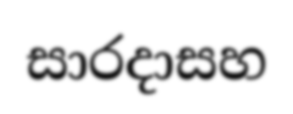
සාරදාසහ